Annual administration and progress report of the Indian Medical Department, Bombay
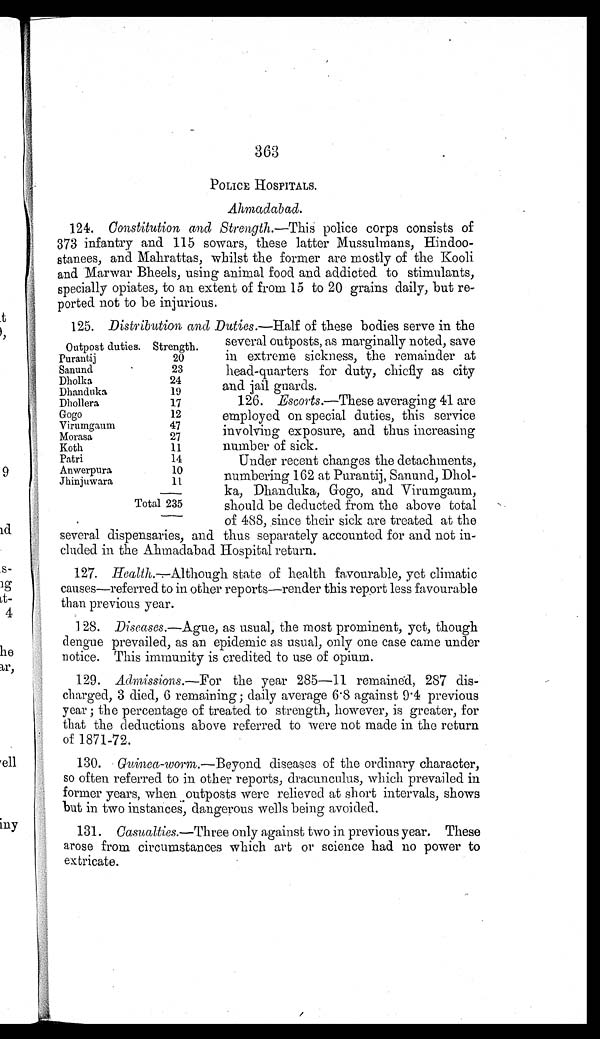
363
POLICE HOSPITALS.
Ahmadabad.
124. Constitution and Strength. —This police corps consists of
373 infantry and 115 sowars, these latter Mussulmans,
H i n d o o - s t a n e e s , a n d M a h r a t t a s , w h i l s t t h e f o r m e r a r e m o s t l y o f t h e K o o l i
and Marwar Bheels, using animal food and addicted to stimulants,
specially opiates, to an extent of from 15 to 20 grains daily, but
re-ported not to be injurious.
125. Distribution and Duties.—Half of these bodies serve in the
Outpost duties. Strength.
Purantij
20
Sanund
23
Dholka
24
Dhanduka
19
Dhollera
17
Gogo
12
Virumgaum
47
Morasa
27
Koth
11
Patri
14
Anwerpura
10
Jhinjuwara
11
Total 235
several outposts, as marginally noted, save
in extreme sickness, the remainder at
head-quarters for duty, chiefly as city
and jail guards.
126. Escorts .—These averaging 41 are
employed on special duties, this service
involving exposure, and thus increasing
number of sick.
Under recent changes the detachments,
numbering 162 at Purantij, Sanund, Dhol-
ka, Dhanduka, Gogo, and Virumgaum,
should be deducted from the above total
of 488, since their sick are treated at the
several dispensaries, and thus separately accounted for and not in-
cluded in the Ahmadabad Hospital return.
127. Health—Although state of health favourable, yet climatic
causes—referred to in other reports—render this report less favourable
than previous year.
128. Diseases. —Ague, as usual, the most prominent, yet, though
dengue prevailed, as an epidemic as usual, only one case came under
notice. This immunity is credited to use of opium.
129.
Admissions.—For
the year 285
—11 remained, 287 dis-
charged, 3 died, 6 remaining ; daily average 6 . 8 against 9 . 4 previous
year ; the percentage of treated to strength, however, is greater, for
that the deductions above referred to were not made in the return
of 1871-72.
130. Guinea-worm .—Beyond diseases of the ordinary character,
so often referred to in other reports, dracunculus, which prevailed in
former years, when outposts were relieved at short intervals, shows
but in two instances, dangerous wells being avoided.
131. Casualties.—Three only against two in previous year. These
arose from circumstances which art or science had no power to
extricate.